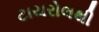
ટાયરોલથી